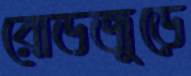
রোডজুড়ে